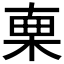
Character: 𣓟